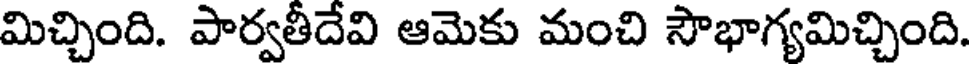
మిచ్చింది. పార్వతీదేవి ఆమెకు మంచి సౌభాగ్యమిచ్చింది.